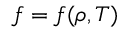
f = f ( \rho , T )